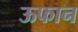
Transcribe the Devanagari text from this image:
ऊफान